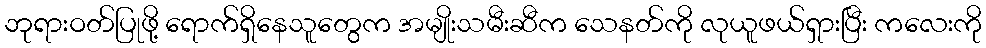
ဘုရားဝတ်ပြုဖို့ ရောက်ရှိနေသူတွေက အမျိုးသမီးဆီက သေနတ်ကို လုယူဖယ်ရှားပြီး ကလေးကို